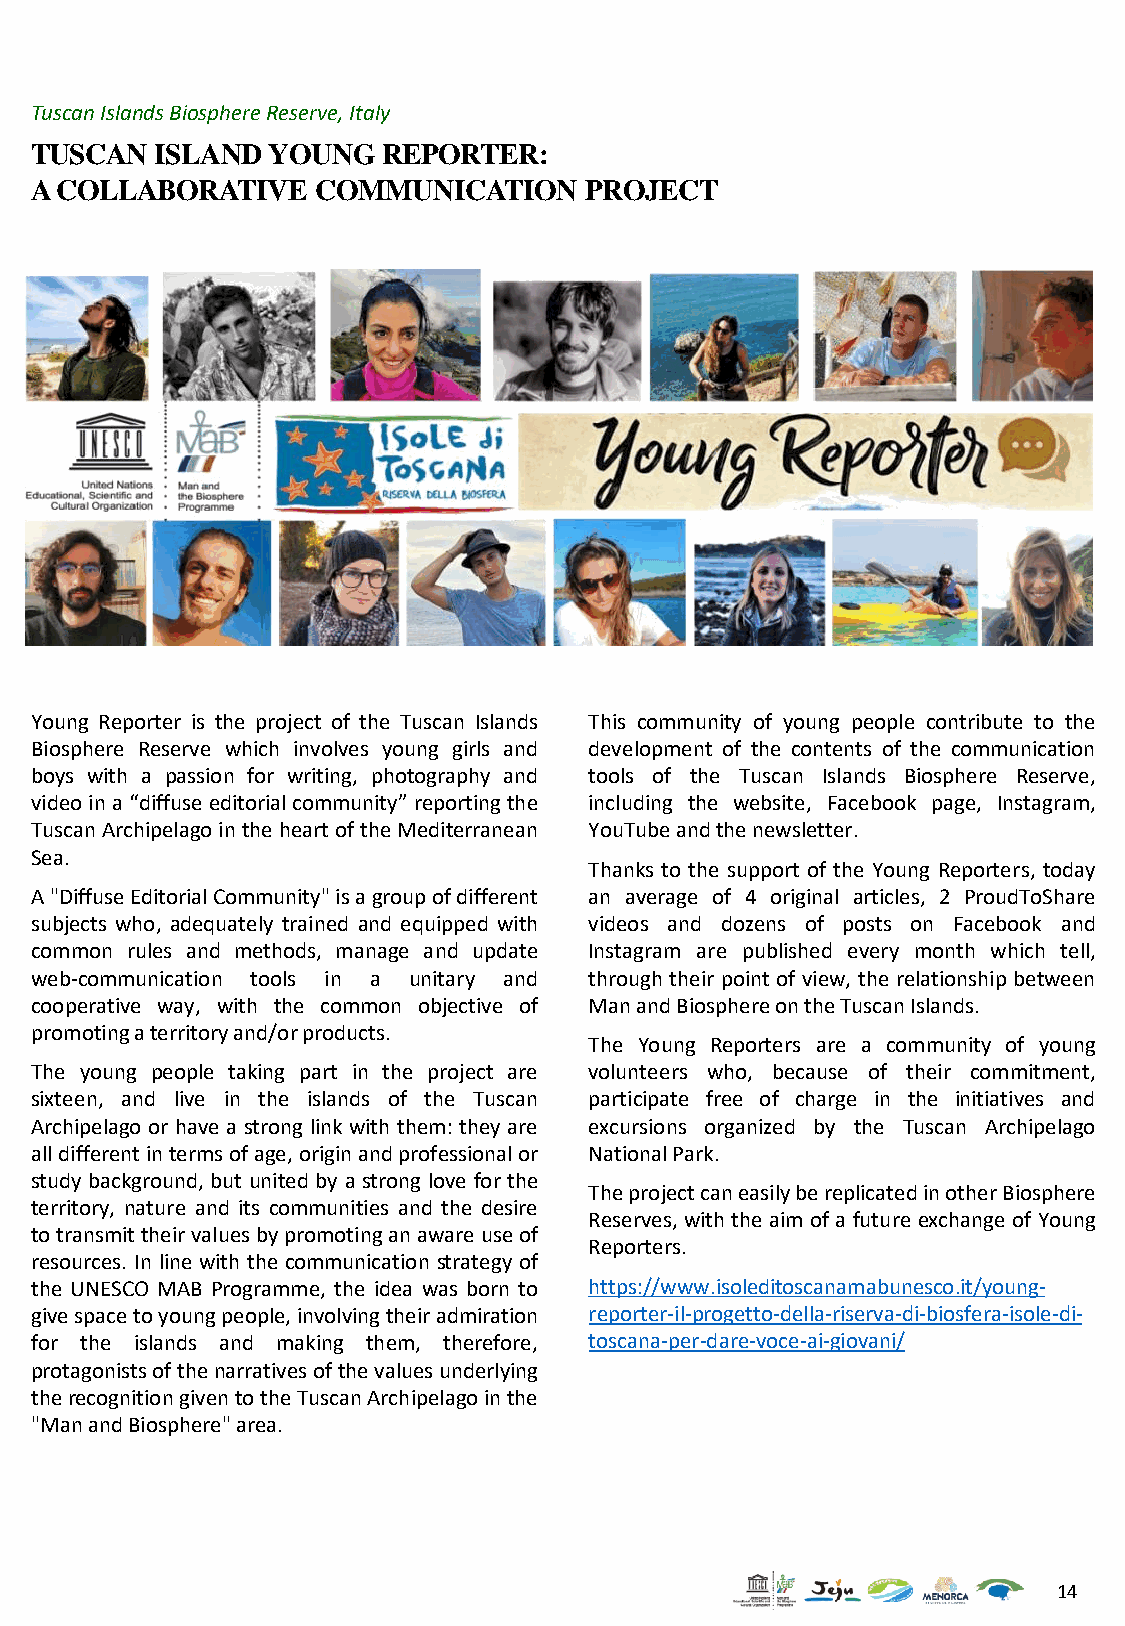
Tuscan Islands Biosphere Reserve, Italy
 TUSCAN  ISLAND  YOUNG  REPORTER:
 A COLLABORATIVE    COMMUNICATION     PROJECT
 Young Reporter is the project of the Tuscan Islands This community of young people contribute to the
 Biosphere Reserve which involves young girls and development of the contents of the communication
 boys with a passion for writing, photography and tools of the Tuscan Islands Biosphere Reserve,
 video ina“diffuse editorialcommunity” reportingthe including the website, Facebook page, Instagram,
 TuscanArchipelagointheheartoftheMediterranean YouTubeandthenewsletter.
 Sea.
 Thanks to the support of the Young Reporters, today
 A"DiffuseEditorialCommunity"isagroupofdifferent an average of 4 original articles, 2 ProudToShare
 subjects who, adequately trained and equipped with videos and dozens of posts on Facebook and
 common rules and methods, manage and update Instagram are published every month which tell,
 web-communication tools in a unitary and through their point of view, the relationship between
 cooperative way, with the common objective of ManandBiosphereontheTuscanIslands.
 promotingaterritoryand/orproducts.
 The Young Reporters are a community of young
 The young people taking part in the project are volunteers who, because of their commitment,
 sixteen, and live in the islands of the Tuscan participate free of charge in the initiatives and
 Archipelago or have a strong link with them: they are excursions organized by the Tuscan Archipelago
 alldifferentintermsofage,originandprofessionalor NationalPark.
 study background, but united by a strong love for the
 TheprojectcaneasilybereplicatedinotherBiosphere
 territory, nature and its communities and the desire
 Reserves, withthe aim ofa future exchange of Young
 totransmittheirvaluesbypromotinganawareuseof
 Reporters.
 resources. In line with the communication strategy of
 the UNESCO MAB Programme, the idea was born to https://www.isoleditoscanamabunesco.it/young-
 givespacetoyoungpeople,involvingtheiradmiration reporter-il-progetto-della-riserva-di-biosfera-isole-di-
 for the islands and making them, therefore, toscana-per-dare-voce-ai-giovani/
 protagonistsofthenarrativesofthevaluesunderlying
 therecognitiongiventotheTuscanArchipelagointhe
 "ManandBiosphere"area.
 14